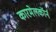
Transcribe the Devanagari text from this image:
कारमेलकॉर्न